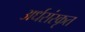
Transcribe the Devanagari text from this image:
अर्धसंस्कृत